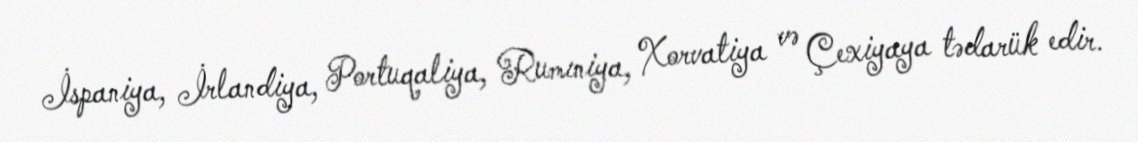
İspaniya, İrlandiya, Portuqaliya, Rumıniya, Xorvatiya və Çexiyaya tədarük edir.